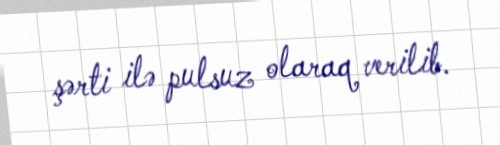
şərti ilə pulsuz olaraq verilib.